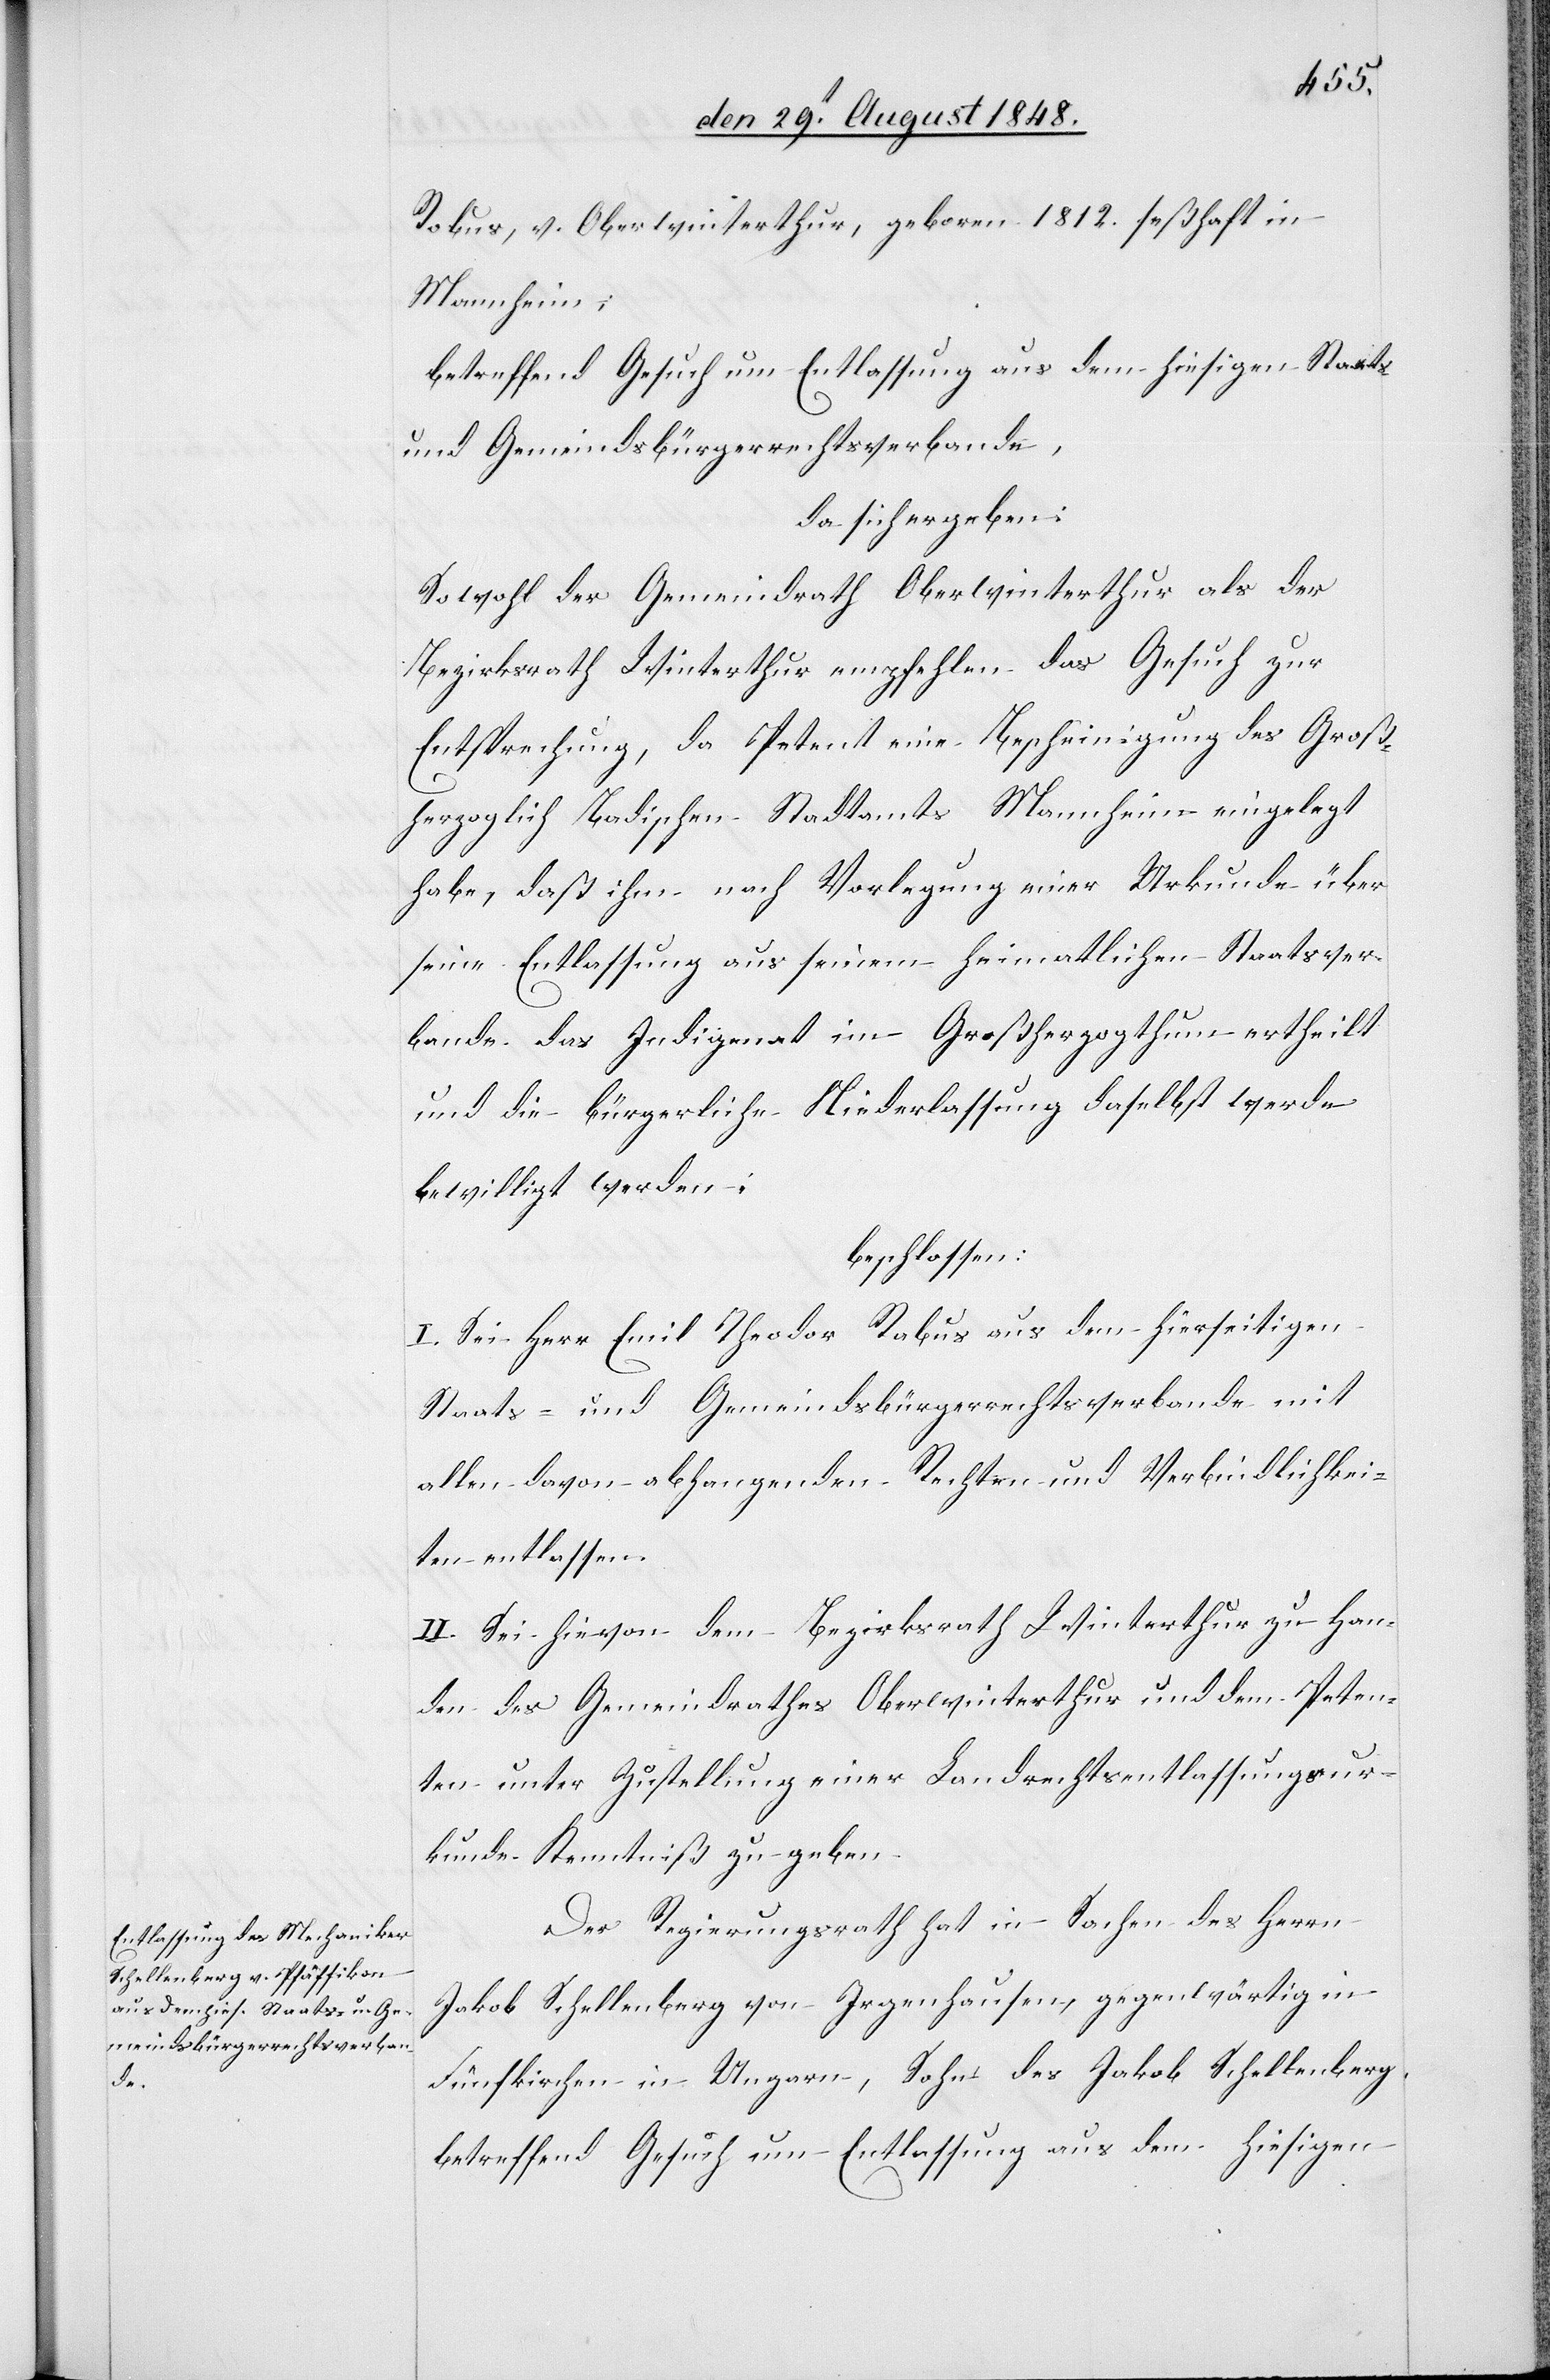
Rabus, v. Oberwinterthur, geboren 1812. seßhaft in
Mannheim;
betreffend Gesuch um Entlassung aus dem hiesigen Staats-
und Gemeindsbürgerrechtsverbande,
da sich ergeben:
Sowohl der Gemeindrath Oberwinterthur als der
Bezirksrath Winterthur empfehlen das Gesuch zur
Entsprechung, da Petent eine Bescheinigung des Groß¬
herzoglich Badischen Stadtamts Mannheim eingelegt
habe, daß ihm nach Vorlegung einer Urkunde über
seine Entlassung aus seinem heimatlichen Staatsver¬
bande das Indigenat im Großherzogthum ertheilt
und die bürgerliche Niederlassung daselbst werde
bewilligt werden.
beschlossen:
I. Sei Herr Emil Theodor Rabus aus dem hierseitigen
Staats- und Gemeindsbürgerrechtsverbande mit
allen davon abhangenden Rechten und Verbindlichkei¬
ten entlassen.
II. Sei hievon dem Bezirksrath Winterthur zu Han¬
den des Gemeindrathes Oberwinterthur und dem Peten¬
ten unter Zustellung einer Landrechtsentlassungsur¬
kunde Kenntniß zu geben.
Der Regierungsrath hat in Sachen des Herrn
Jakob Schellenberg von Irgenhausen, gegenwärtig in
Fünfkirchen in Ungarn, Sohn des Jakob Schellenberg,
betreffend Gesuch um Entlassung aus dem hiesigen